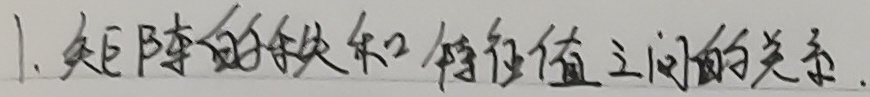
1. 矩阵的秩和特征值之间的关系.